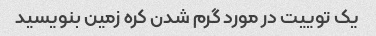
یک توییت در مورد گرم شدن کره زمین بنویسید